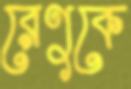
রেণুকে